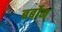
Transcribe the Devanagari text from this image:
बर्बोन